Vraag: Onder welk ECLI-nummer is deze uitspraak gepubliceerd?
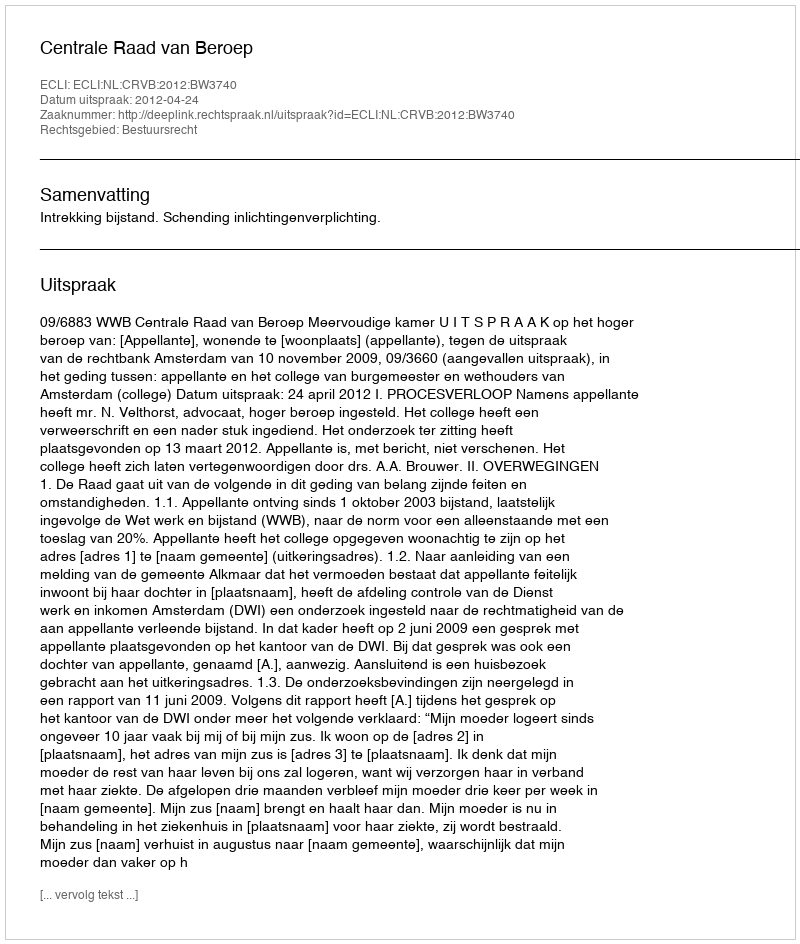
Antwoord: ECLI:NL:CRVB:2012:BW3740